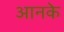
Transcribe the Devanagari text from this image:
आनके